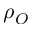
\rho _ { O }